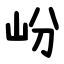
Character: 岎